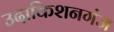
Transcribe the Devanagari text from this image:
उदाकिशनगंज